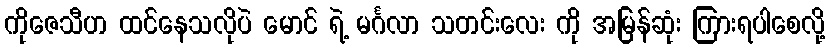
ကိုဇေသီဟ ထင်နေသလိုပဲ မောင် ရဲ့ မင်္ဂလာ သတင်းလေး ကို အမြန်ဆုံး ကြားရပါစေလို့